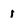
Character: 1